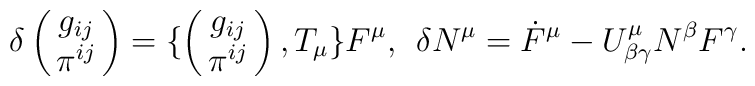
\delta \pmatrix{ g_{ij} \cr \pi^{ij}\cr}  = \{ \pmatrix{ g_{ij} \cr \pi^{ij}\cr}, T_{\mu} \} F^{\mu} ,\:\: \delta N^{\mu} = \dot{F}^{\mu} - U^{\mu}_{\beta \gamma} N^{\beta}F^{\gamma}.